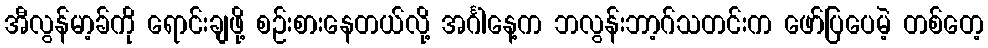
အီလွန်မာ့ခ်ကို ရောင်းချဖို့ စဉ်းစားနေတယ်လို့ အင်္ဂါနေ့က ဘလွန်းဘာ့ဂ်သတင်းက ဖော်ပြပေမဲ့ တစ်တေ့